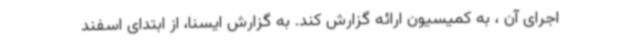
اجرای آن ، به کمیسیون ارائه گزارش کند. به گزارش ایسنا، از ابتدای اسفند